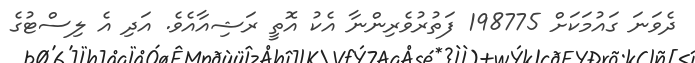
ދެވަނަ ގައުމަކަށް 198775 ފަތުރުވެރިންނާ އެކު އޮތީ ރަޝިއާއެވެ. އަދި އެ ލިސްޓުގެ